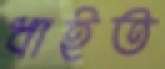
ধাইত